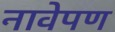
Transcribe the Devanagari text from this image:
नावेपण